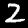
Label: 2